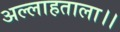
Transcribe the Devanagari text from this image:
अल्लाहताला।।